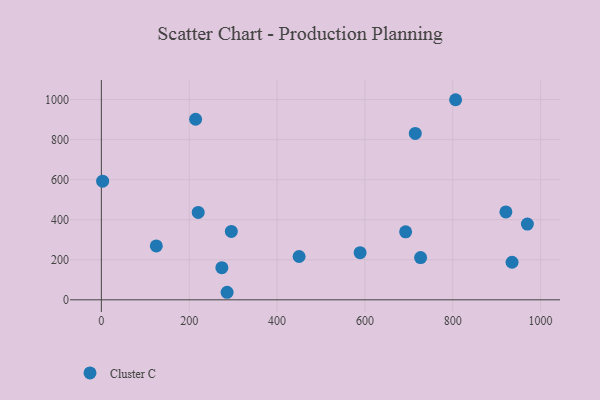
{"axis": {"x": "Study Hours", "y": "Sales"}, "legend": ["Cluster C"], "data": [{"x": "286.3", "y": 37.7, "type": "Cluster C"}, {"x": "921.0", "y": 439.2, "type": "Cluster C"}, {"x": "2.9", "y": 592.7, "type": "Cluster C"}, {"x": "589.1", "y": 235.6, "type": "Cluster C"}, {"x": "726.8", "y": 211.1, "type": "Cluster C"}, {"x": "125.1", "y": 269.0, "type": "Cluster C"}, {"x": "214.6", "y": 901.8, "type": "Cluster C"}, {"x": "969.9", "y": 378.2, "type": "Cluster C"}, {"x": "692.7", "y": 339.4, "type": "Cluster C"}, {"x": "220.5", "y": 436.6, "type": "Cluster C"}, {"x": "935.0", "y": 187.7, "type": "Cluster C"}, {"x": "806.5", "y": 999.4, "type": "Cluster C"}, {"x": "714.7", "y": 830.9, "type": "Cluster C"}, {"x": "274.3", "y": 160.8, "type": "Cluster C"}, {"x": "450.2", "y": 216.4, "type": "Cluster C"}, {"x": "295.9", "y": 341.5, "type": "Cluster C"}]}